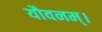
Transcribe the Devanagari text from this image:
यौवनम्।